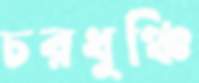
চরধুঞ্চি